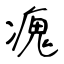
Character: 瘣